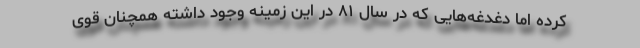
کرده اما دغدغه‌هایی که در سال ۸۱ در این زمینه وجود داشته همچنان قوی